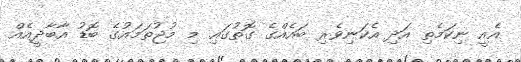
އެއީ ނިކަމެތި އަދި އެކަނިވެރި ބައެއްގެ ގޮތުގައި މި މުޖުތަމައުގެ ބޮޑު އާބާދީއެއް